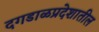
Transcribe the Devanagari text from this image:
दगडाळप्रदेशातील